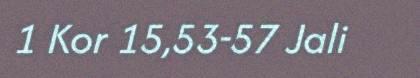
1 Kor 15,53-57 Jali